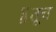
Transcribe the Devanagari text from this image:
॥तूच